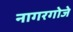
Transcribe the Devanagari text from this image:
नागरगोजे